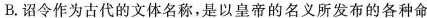
B.诏令作为古代的文体名称，是以皇帝的名义所发布的各种命